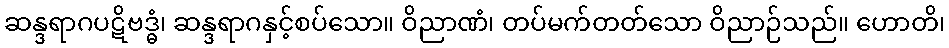
ဆန္ဒရာဂပဋိဗဒ္ဓံ၊ ဆန္ဒရာဂနှင့်စပ်သော။ ဝိညာဏံ၊ တပ်မက်တတ်သော ဝိညာဉ်သည်။ ဟောတိ၊